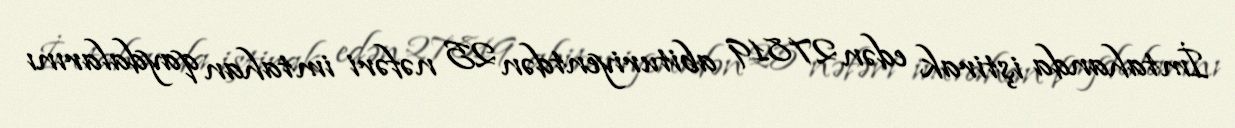
İmtahanda iştirak edən 27819 abituriyentdən 25 nəfəri imtahan qaydalarını